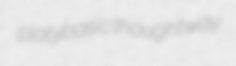
platybasic thoughtway